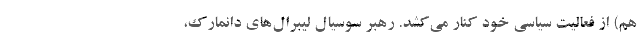
هم) از فعالیت سیاسی خود کنار می‌کشد. رهبر سوسیال لیبرال‌های دانمارک،